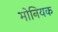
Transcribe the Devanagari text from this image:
मोनियक